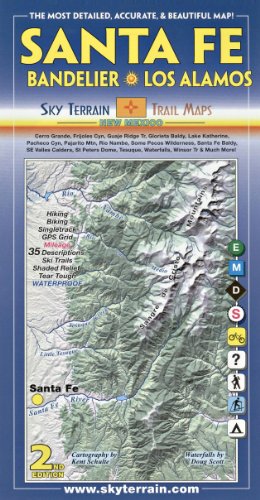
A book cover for Santa Fe, Bandelier & Los Alamos Trail Map 2nd Edition; Kent Schulte; Travel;